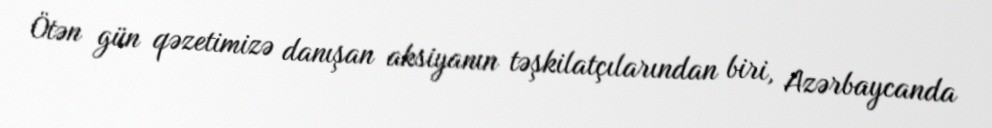
Ötən gün qəzetimizə danışan aksiyanın təşkilatçılarından biri, Azərbaycanda